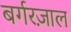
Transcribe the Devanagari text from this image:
बर्गरज़ाल